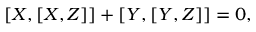
[ X , [ X , Z ] ] + [ Y , [ Y , Z ] ] = 0 ,